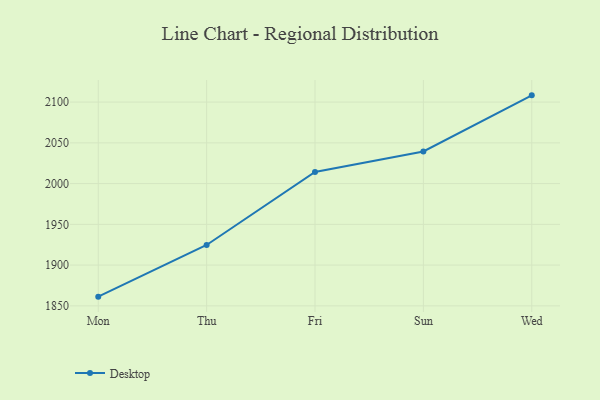
{"axis": {"x": "Day", "y": "Website Visitors"}, "legend": ["Desktop"], "data": [{"x": "Mon", "y": 1861.3, "type": "Desktop"}, {"x": "Thu", "y": 1924.7, "type": "Desktop"}, {"x": "Fri", "y": 2014.3, "type": "Desktop"}, {"x": "Sun", "y": 2039.5, "type": "Desktop"}, {"x": "Wed", "y": 2108.3, "type": "Desktop"}]}